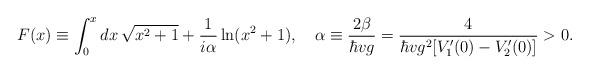
LaTeX: \begin{align*}F(x)\equiv\int_0^xdx\,\sqrt{x^2+1}+{1\over i\alpha}\ln(x^2+1), \quad\alpha\equiv{2\beta\over\hbar vg} ={4\over\hbar vg^2[V_1'(0)-V_2'(0)]}>0. \end{align*}